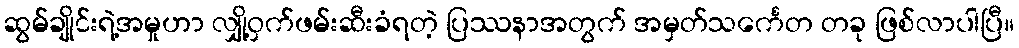
ဆွမ်ချိုင်းရဲ့အမှုဟာ လျှို့ဝှက်ဖမ်းဆီးခံရတဲ့ ပြဿနာအတွက် အမှတ်သင်္ကေတ တခု ဖြစ်လာပါပြီ။